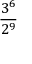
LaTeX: \frac { 3 ^ { 6 } } { 2 ^ { 9 } }